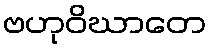
ဗဟုဝိဃာတေ